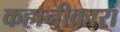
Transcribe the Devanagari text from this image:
कहानीकारा